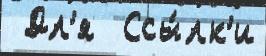
 Дл'я  Ссы́лк'и